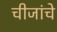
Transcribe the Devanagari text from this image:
चीजांचे